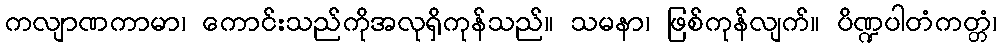
ကလျာဏကာမာ၊ ကောင်းသည်ကိုအလုရှိကုန်သည်။ သမနာ၊ ဖြစ်ကုန်လျက်။ ပိဏ္ဍပါတံကတ္တံ၊